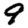
Digit: 9